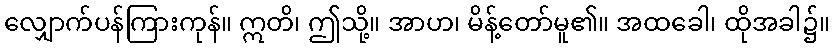
လျှောက်ပန်ကြားကုန်။ ဣတိ၊ ဤသို့။ အာဟ၊ မိန့်တော်မူ၏။ အထခေါ၊ ထိုအခါ၌။